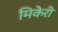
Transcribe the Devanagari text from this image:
मिकेरी